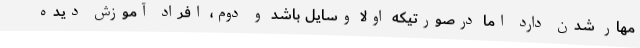
مهار شدن دارد اما درصورتیکه اولاً وسایل باشد و دوم، افراد آموزش دیده